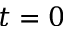
t = 0